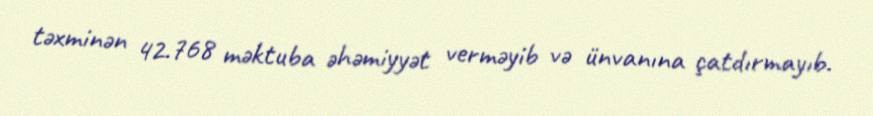
təxminən 42.768 məktuba əhəmiyyət verməyib və ünvanına çatdırmayıb.